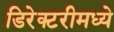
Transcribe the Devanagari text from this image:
डिरेक्टरीमध्ये